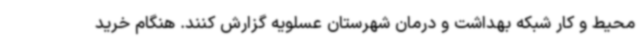
محیط و کار شبکه بهداشت و درمان شهرستان عسلویه گزارش کنند. هنگام خرید